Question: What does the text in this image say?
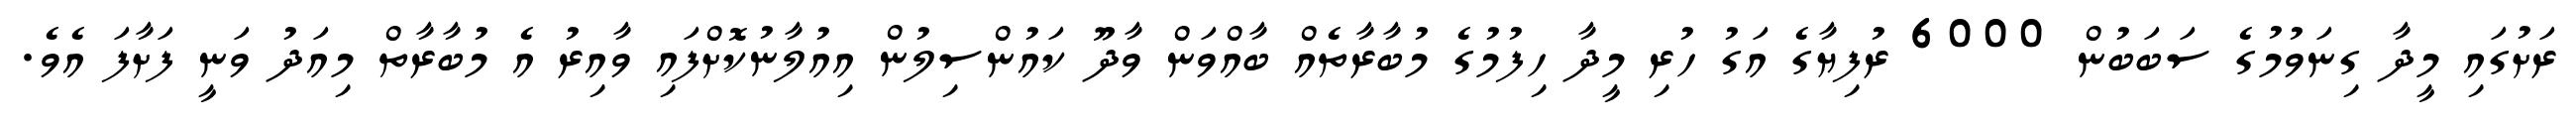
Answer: ރަށުގައި މީދާ ގިނަވުމުގެ ސަބަބުން 6000 ރުފިޔާގެ އަގު ހުރި މީދާ ހިފުމުގެ މުބާރާތެއް ބާއްވަން ވާދޫ ކައުންސިލުން އިއުލާނުކޮށްފައި ވާއިރު އެ މުބާރާތް މިއަދު ވަނީ ފަށާފަ އެވެ.